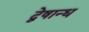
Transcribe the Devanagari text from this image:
द्वेषान्ध